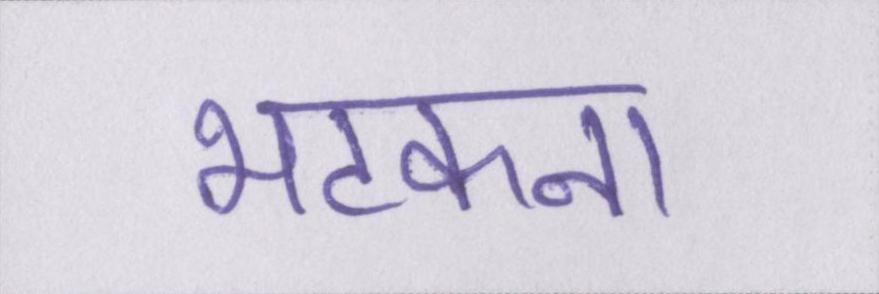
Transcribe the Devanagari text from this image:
भटकना